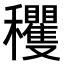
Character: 𥤘